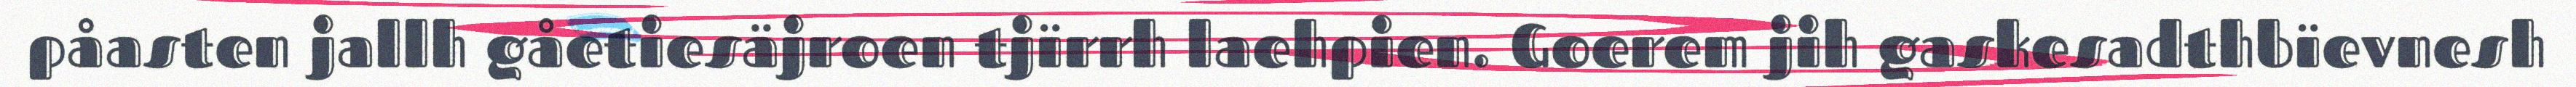
påasten jallh gåetiesäjroen tjïrrh laehpien. Goerem jih gaskesadthbïevnesh